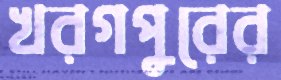
খরগপুরের